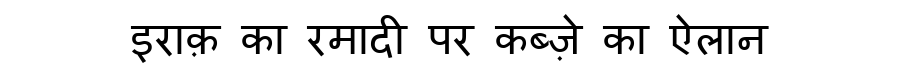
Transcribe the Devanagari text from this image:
इराक़ का रमादी पर कब्ज़े का ऐलान